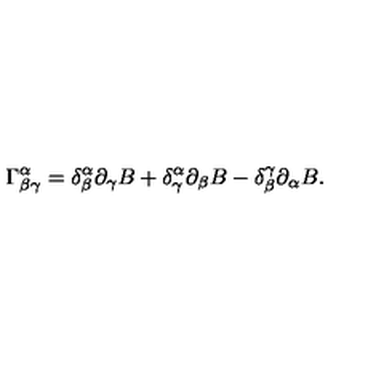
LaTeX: \Gamma _ { \beta \gamma } ^ { \alpha } = \delta _ { \beta } ^ { \alpha } \partial _ { \gamma } B + \delta _ { \gamma } ^ { \alpha } \partial _ { \beta } B - \delta _ { \beta } ^ { \gamma } \partial _ { \alpha } B .